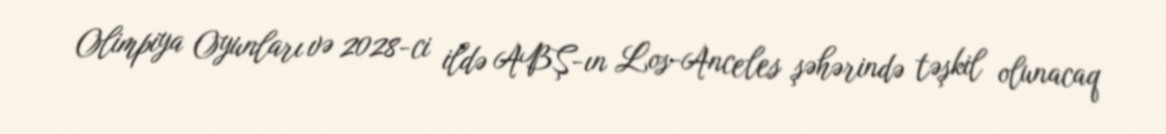
Olimpiya Oyunları və 2028-ci ildə ABŞ-ın Los-Anceles şəhərində təşkil olunacaq